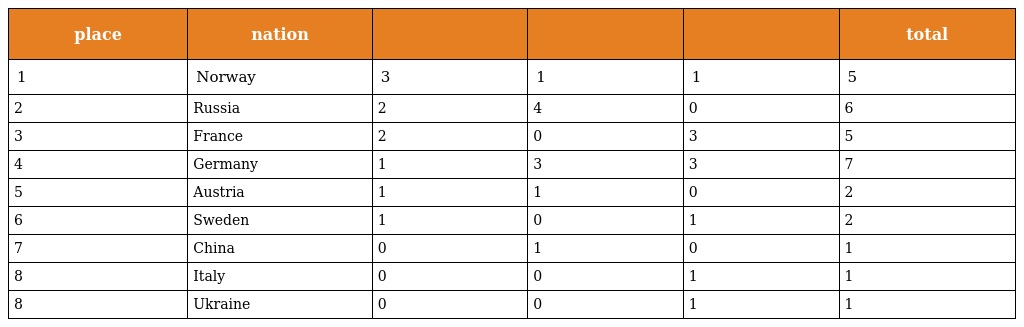
| place | nation |  |  |  | total |
 | --- | --- | --- | --- | --- | --- |
 | 1 | Norway | 3 | 1 | 1 | 5 |
 | 2 | Russia | 2 | 4 | 0 | 6 |
 | 3 | France | 2 | 0 | 3 | 5 |
 | 4 | Germany | 1 | 3 | 3 | 7 |
 | 5 | Austria | 1 | 1 | 0 | 2 |
 | 6 | Sweden | 1 | 0 | 1 | 2 |
 | 7 | China | 0 | 1 | 0 | 1 |
 | 8 | Italy | 0 | 0 | 1 | 1 |
 | 8 | Ukraine | 0 | 0 | 1 | 1 |